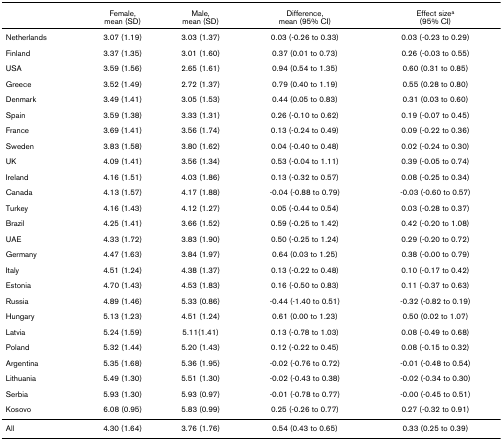
<table><thead><tr><td></td><td><b>Female,mean (SD)</b></td><td><b>Male,mean (SD)</b></td><td><b>Difference,mean (95% CI)</b></td><td><b>Effect size<sup>a</sup>(95% CI)</b></td></tr></thead><tbody><tr><td>Netherlands</td><td>3.07 (1.19)</td><td>3.03 (1.37)</td><td>0.03 (-0.26 to 0.33)</td><td>0.03 (-0.23 to 0.29)</td></tr><tr><td>Finland</td><td>3.37 (1.35)</td><td>3.01 (1.60)</td><td>0.37 (0.01 to 0.73)</td><td>0.26 (-0.03 to 0.55)</td></tr><tr><td>USA</td><td>3.59 (1.56)</td><td>2.65 (1.61)</td><td>0.94 (0.54 to 1.35)</td><td>0.60 (0.31 to 0.85)</td></tr><tr><td>Greece</td><td>3.52 (1.49)</td><td>2.72 (1.37)</td><td>0.79 (0.40 to 1.19)</td><td>0.55 (0.28 to 0.80)</td></tr><tr><td>Denmark</td><td>3.49 (1.41)</td><td>3.05 (1.53)</td><td>0.44 (0.05 to 0.83)</td><td>0.31 (0.03 to 0.60)</td></tr><tr><td>Spain</td><td>3.59 (1.38)</td><td>3.33 (1.31)</td><td>0.26 (-0.10 to 0.62)</td><td>0.19 (-0.07 to 0.45)</td></tr><tr><td>France</td><td>3.69 (1.41)</td><td>3.56 (1.74)</td><td>0.13 (-0.24 to 0.49)</td><td>0.09 (-0.22 to 0.36)</td></tr><tr><td>Sweden</td><td>3.83 (1.58)</td><td>3.80 (1.62)</td><td>0.04 (-0.40 to 0.48)</td><td>0.02 (-0.24 to 0.30)</td></tr><tr><td>UK</td><td>4.09 (1.41)</td><td>3.56 (1.34)</td><td>0.53 (-0.04 to 1.11)</td><td>0.39 (-0.05 to 0.74)</td></tr><tr><td>Ireland</td><td>4.16 (1.51)</td><td>4.03 (1.86)</td><td>0.13 (-0.32 to 0.57)</td><td>0.08 (-0.25 to 0.34)</td></tr><tr><td>Canada</td><td>4.13 (1.57)</td><td>4.17 (1.88)</td><td>-0.04 (-0.88 to 0.79)</td><td>-0.03 (-0.60 to 0.57)</td></tr><tr><td>Turkey</td><td>4.16 (1.43)</td><td>4.12 (1.27)</td><td>0.05 (-0.44 to 0.54)</td><td>0.03 (-0.28 to 0.37)</td></tr><tr><td>Brazil</td><td>4.25 (1.41)</td><td>3.66 (1.52)</td><td>0.59 (-0.25 to 1.42)</td><td>0.42 (-0.20 to 1.08)</td></tr><tr><td>UAE</td><td>4.33 (1.72)</td><td>3.83 (1.90)</td><td>0.50 (-0.25 to 1.24)</td><td>0.29 (-0.20 to 0.72)</td></tr><tr><td>Germany</td><td>4.47 (1.63)</td><td>3.84 (1.97)</td><td>0.64 (0.03 to 1.25)</td><td>0.38 (-0.00 to 0.79)</td></tr><tr><td>Italy</td><td>4.51 (1.24)</td><td>4.38 (1.37)</td><td>0.13 (-0.22 to 0.48)</td><td>0.10 (-0.17 to 0.42)</td></tr><tr><td>Estonia</td><td>4.70 (1.43)</td><td>4.53 (1.83)</td><td>0.16 (-0.50 to 0.83)</td><td>0.11 (-0.37 to 0.63)</td></tr><tr><td>Russia</td><td>4.89 (1.46)</td><td>5.33 (0.86)</td><td>-0.44 (-1.40 to 0.51)</td><td>-0.32 (-0.82 to 0.19)</td></tr><tr><td>Hungary</td><td>5.13 (1.23)</td><td>4.51 (1.24)</td><td>0.61 (0.00 to 1.23)</td><td>0.50 (0.02 to 1.07)</td></tr><tr><td>Latvia</td><td>5.24 (1.59)</td><td>5.11(1.41)</td><td>0.13 (-0.78 to 1.03)</td><td>0.08 (-0.49 to 0.68)</td></tr><tr><td>Poland</td><td>5.32 (1.44)</td><td>5.20 (1.43)</td><td>0.12 (-0.22 to 0.45)</td><td>0.08 (-0.15 to 0.32)</td></tr><tr><td>Argentina</td><td>5.35 (1.68)</td><td>5.36 (1.95)</td><td>-0.02 (-0.76 to 0.72)</td><td>-0.01 (-0.48 to 0.54)</td></tr><tr><td>Lithuania</td><td>5.49 (1.30)</td><td>5.51 (1.30)</td><td>-0.02 (-0.43 to 0.38)</td><td>-0.02 (-0.34 to 0.30)</td></tr><tr><td>Serbia</td><td>5.93 (1.30)</td><td>5.93 (0.97)</td><td>-0.01 (-0.78 to 0.77)</td><td>-0.00 (-0.45 to 0.51)</td></tr><tr><td>Kosovo</td><td>6.08 (0.95)</td><td>5.83 (0.99)</td><td>0.25 (-0.26 to 0.77)</td><td>0.27 (-0.32 to 0.91)</td></tr><tr><td>All</td><td>4.30 (1.64)</td><td>3.76 (1.76)</td><td>0.54 (0.43 to 0.65)</td><td>0.33 (0.25 to 0.39)</td></tr></tbody></table>